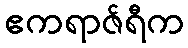
ဧကရာဇ်ရီက